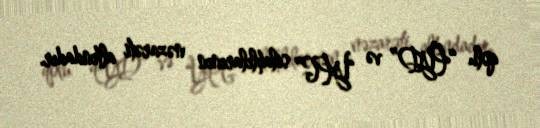
qolu “PYD” və “YPG” silahlılarının nəzarəti altındadır.